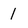
Character: 1